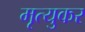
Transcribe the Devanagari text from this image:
मृत्युकर